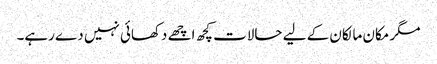
مگر مکان مالکان کے لیے حالات کچھ اچھے دکھائی نہیں دے رہے۔